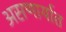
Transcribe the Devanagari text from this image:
असणार्यात